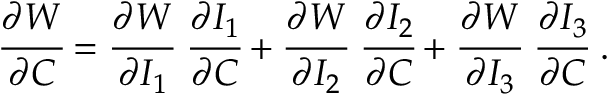
{ \cfrac { \partial W } { \partial { \boldsymbol { C } } } } = { \cfrac { \partial W } { \partial I _ { 1 } } } ~ { \cfrac { \partial I _ { 1 } } { \partial { \boldsymbol { C } } } } + { \cfrac { \partial W } { \partial I _ { 2 } } } ~ { \cfrac { \partial I _ { 2 } } { \partial { \boldsymbol { C } } } } + { \cfrac { \partial W } { \partial I _ { 3 } } } ~ { \cfrac { \partial I _ { 3 } } { \partial { \boldsymbol { C } } } } ~ .